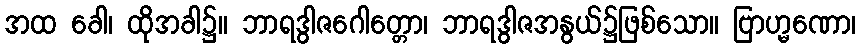
အထ ခေါ၊ ထိုအခါ၌။ ဘာရဒွါဇဂေါတ္တော၊ ဘာရဒွါဇအနွယ်၌ဖြစ်သော။ ဗြာဟ္မဏော၊